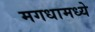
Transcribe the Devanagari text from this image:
मगधामध्ये